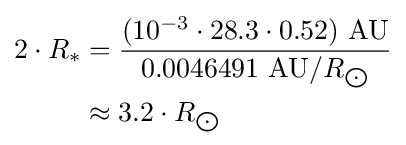
{\begin{aligned}2\cdot R_{*}&={\frac {(10^{-3}\cdot 28.3\cdot 0.52)\ {\text{AU}}}{0.0046491\ {\text{AU}}/R_{\bigodot }}}\\&\approx 3.2\cdot R_{\bigodot }\end{aligned}}